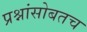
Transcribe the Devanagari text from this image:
प्रश्नांसोबतच